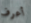
أعرف